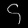
Digit: ၄